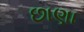
છાણા